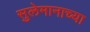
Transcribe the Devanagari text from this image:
सुलेमानाच्या